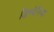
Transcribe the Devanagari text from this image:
डिस्पेनिया